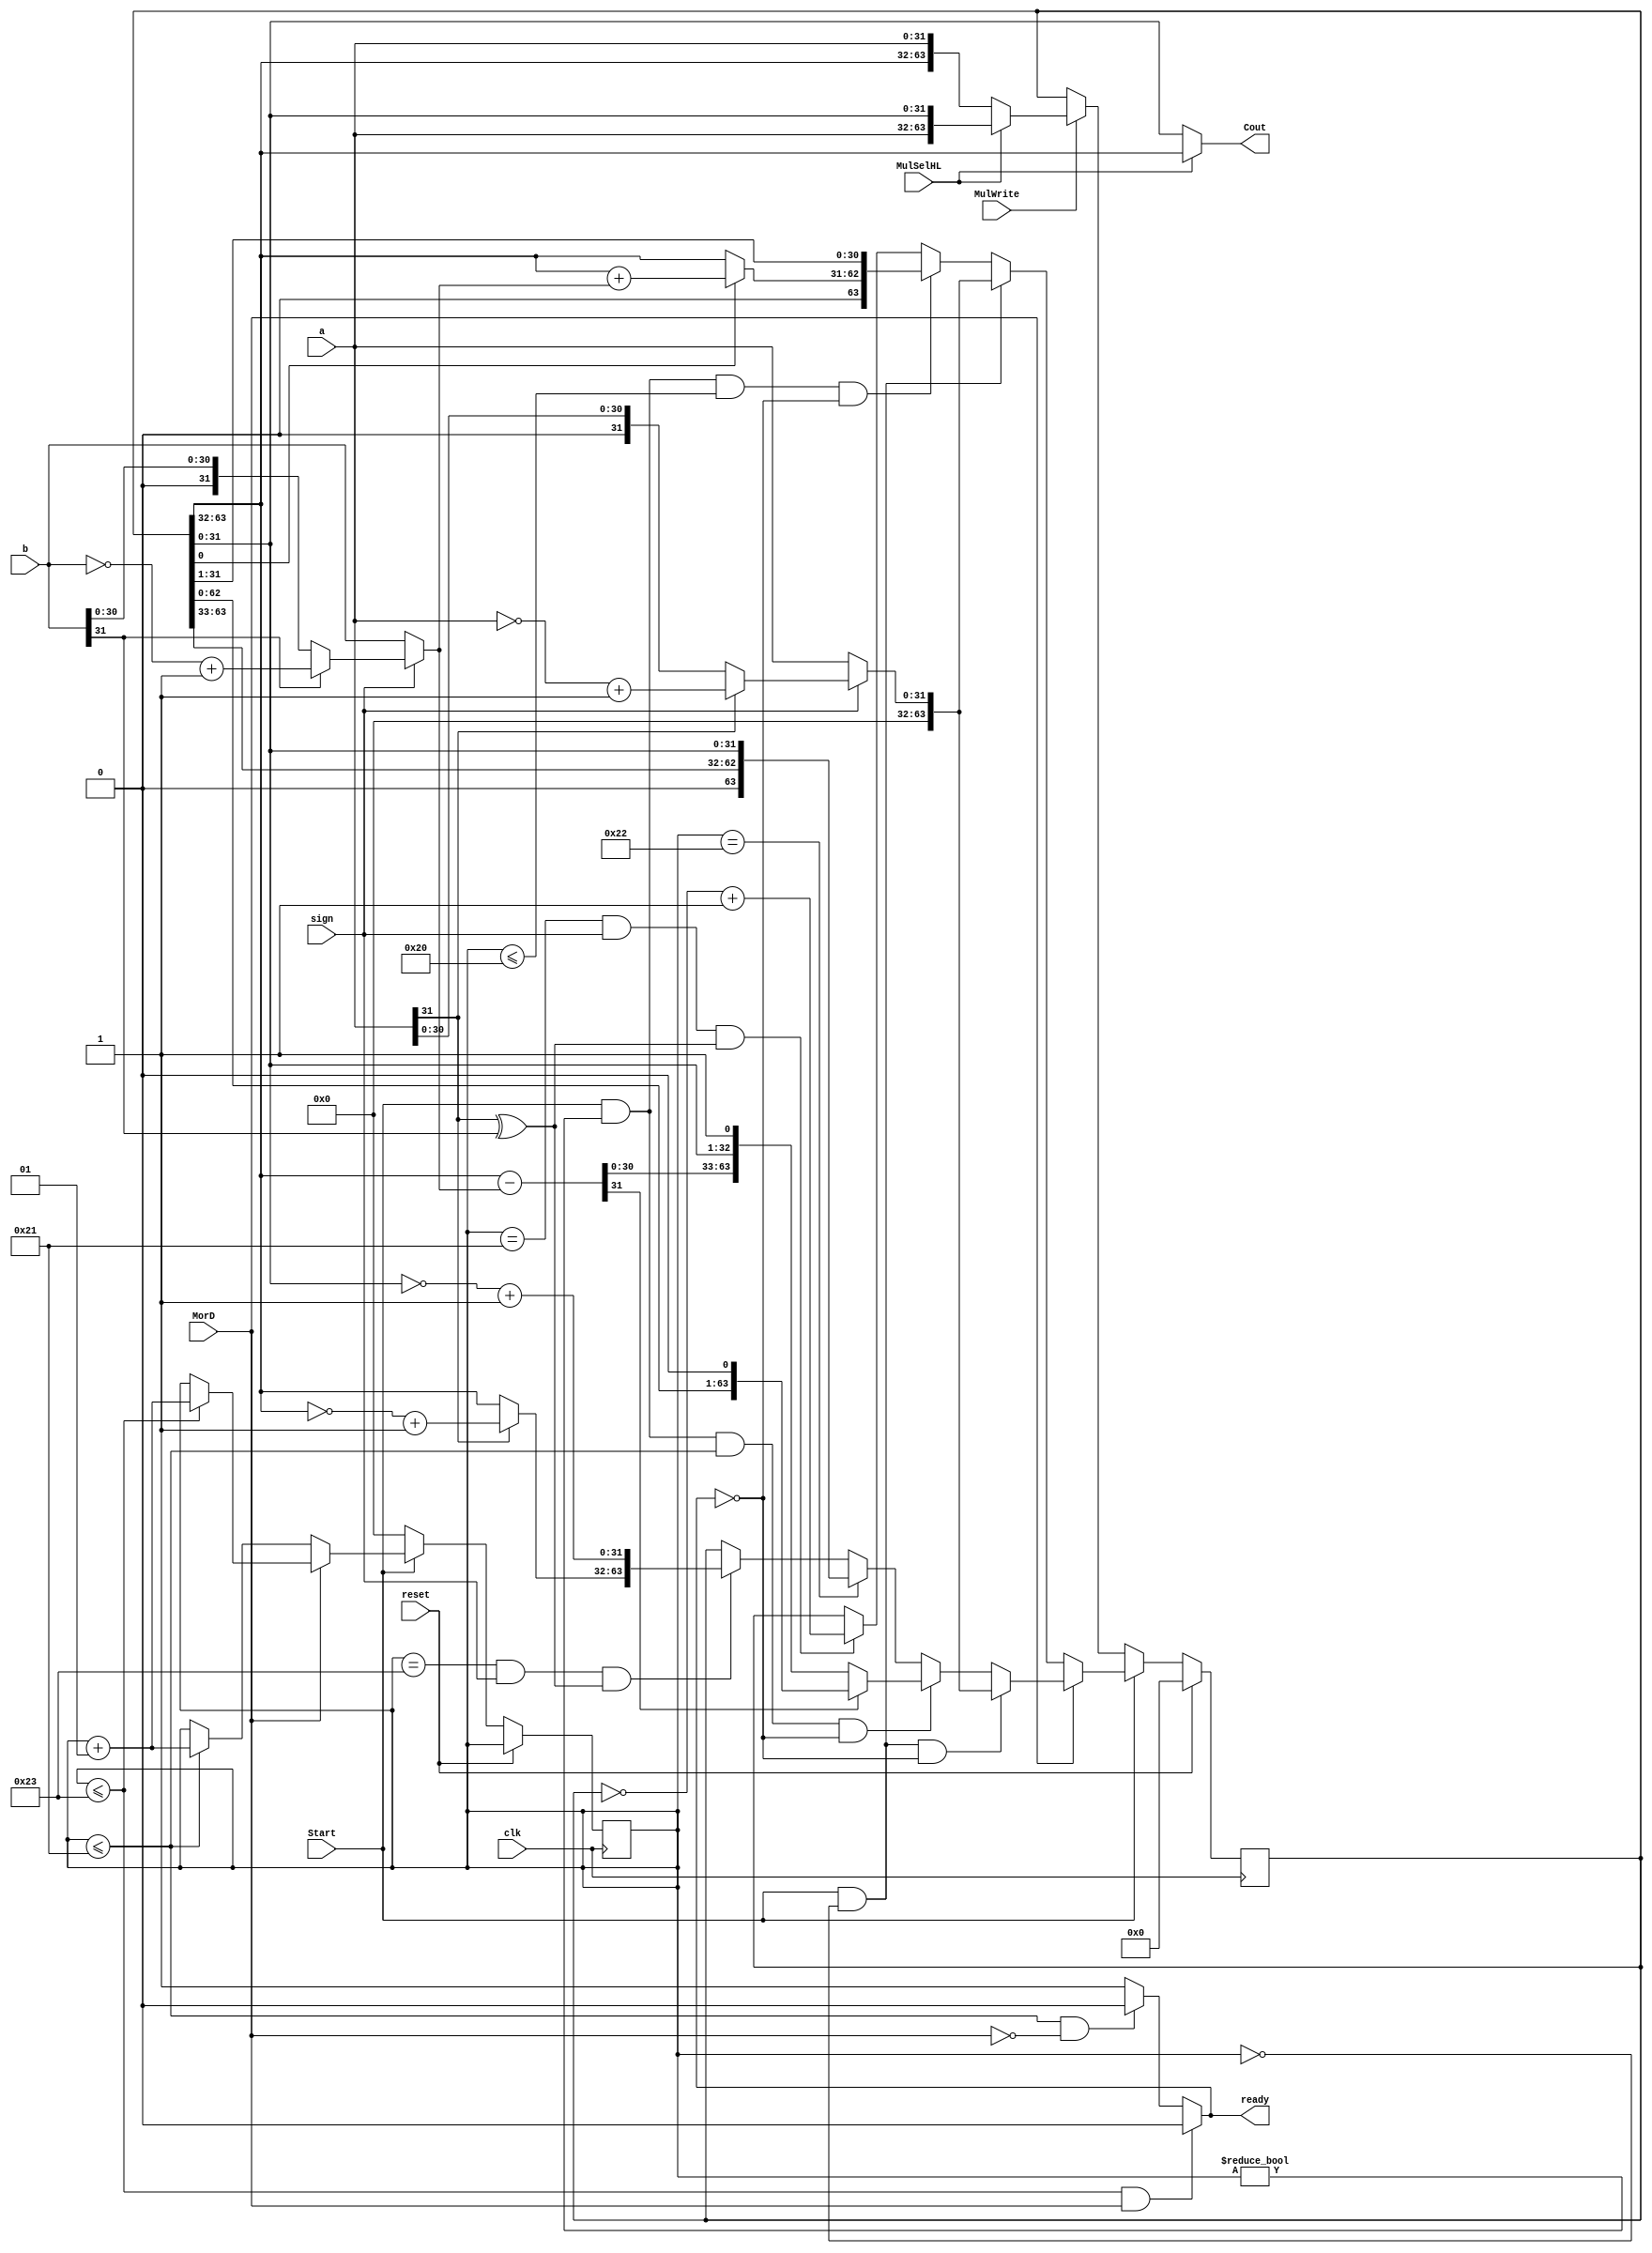
module MulDiv(input clk,reset,input [31:0] a,b,input MorD,Start,MulSelHL,MulWrite,sign,output [31:0] Cout,output ready);

reg [63:0] HILO;
wire [31:0] temp,temp1,a1,b1;
assign a1=(sign)?(a[31]?(~a+32'h00000001):a):a;//convert
assign b1=(sign)?(b[31]?(~b+32'h00000001):b):b;

assign temp=HILO[63:32]+b1;
assign Cout=(MulSelHL)?HILO[63:32]:HILO[31:0];
assign temp1=HILO[63:32]-b1;

integer i=0;
assign ready=(i<=35&&MorD)?0:(i<=33&&~MorD)?0:1;
always @(posedge clk)
if(reset)
  HILO<=0;
else
  begin
     HILO<=Start?((~MorD)?((Start&&i==0)?{32'h00000000,a1}://mul
     (Start&&i!=0&&i<=32&&~ready)?({HILO[0]?temp:HILO[63:32],HILO[31:0]}>>1'b1):
     (i==33&&sign&&(a[31]^b[31]))?(~HILO+64'h0000000000000001):HILO):
     ((Start&&i==0&&~ready)?{32'h00000000,a1}://div
      (Start&&i!=0&&i<=33&&~ready)?
      (temp1[31]?HILO<<1'b1:{{temp1[30:0],HILO[31:0]},1'b1}):
      (i==34)?
      ({HILO[63:32]>>1'b1,HILO[31:0]}):
      (i==35&&sign&&(a[31]^b[31]))?
      ({(a[31]?(~HILO[63:32]+32'h00000001):HILO[63:32]),~HILO[31:0]+32'h00000001}):
      HILO)):
      (MulWrite)?(MulSelHL?{a,HILO[31:0]}:{HILO[63:32],a}):HILO;//mtxx
       
     i=Start?((~MorD)?((i<=33)?i+1:i):(i<=35)?i+1:i):0;
        
  end
          
endmodule